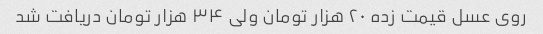
روی عسل قیمت زده ۲۰ هزار تومان ولی ۳۴ هزار تومان دریافت شد